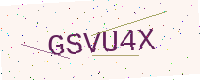
Text: GSVU4X